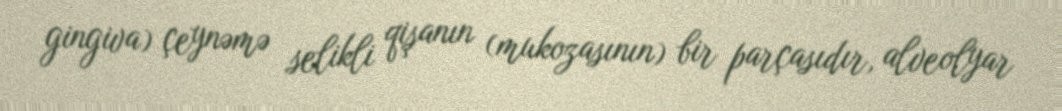
gingiva) çeynəmə selikli qişanın (mukozasının) bir parçasıdır, alveolyar